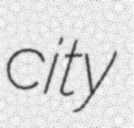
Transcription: city